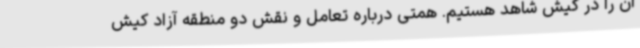
آن را در کیش شاهد هستیم. همتی درباره تعامل و نقش دو منطقه آزاد کیش